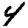
Digit: 4